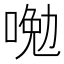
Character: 𠷦